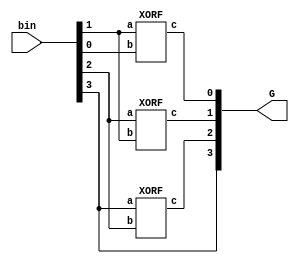
module bin2gray
        (input [3:0] bin, //binary input
         output [3:0] G //gray code output
        );

//xor gates.
assign G[3] = bin[3];

XORF g2(G[2],bin[3],bin[2]);
XORF g1(G[1],bin[2],bin[1]);
XORF g0(G[0],bin[1],bin[0]);

endmodule

module XORF(c,a,b);
  input a,b;
  output c;
  assign c = (~a & b) | (~b & a);
endmodule